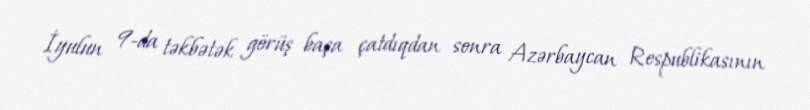
İyulun 9-da təkbətək görüş başa çatdıqdan sonra Azərbaycan Respublikasının